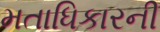
મતાધિકારની